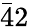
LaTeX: \bar{4}2